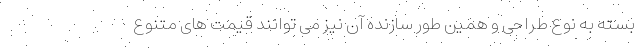
بسته به نوع طراحی و همین طور سازنده آن نیز می توانند قیمت های متنوع